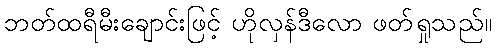
ဘတ်ထရီမီးချောင်းဖြင့် ဟိုလှန်ဒီလော ဖတ်ရှုသည်။